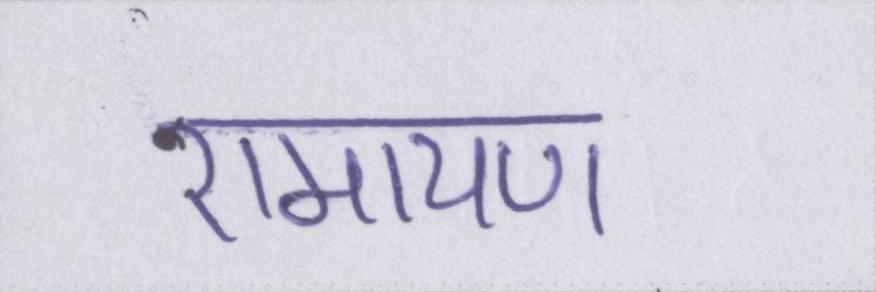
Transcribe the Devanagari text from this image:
रामायण